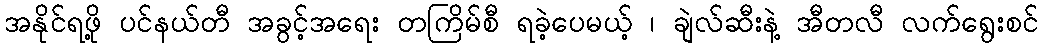
အနိုင်ရဖို့ ပင်နယ်တီ အခွင့်အရေး တကြိမ်စီ ရခဲ့ပေမယ့် ၊ ချဲလ်ဆီးနဲ့ အီတလီ လက်ရွေးစင်